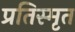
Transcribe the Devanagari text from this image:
प्रतिस्मृत